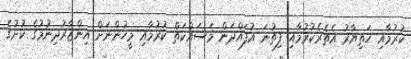
ކުރުމާއި ހަތިޔާރު އެތެރެކުރުމާއި ފިތުނަ އުފައްދަން މަސައްކަތް ކުރުމާއި މީހުންނަށް އިންޒާރުދިނުމުގެ ކުށުގެ